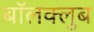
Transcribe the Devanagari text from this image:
बॉलक्लुब